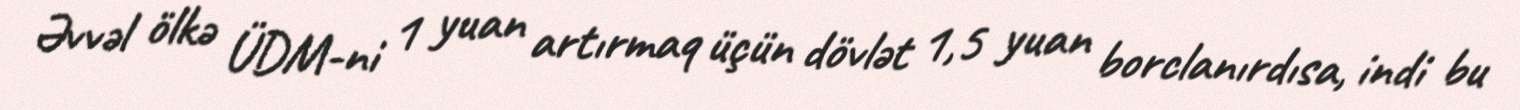
Əvvəl ölkə ÜDM-ni 1 yuan artırmaq üçün dövlət 1,5 yuan borclanırdısa, indi bu